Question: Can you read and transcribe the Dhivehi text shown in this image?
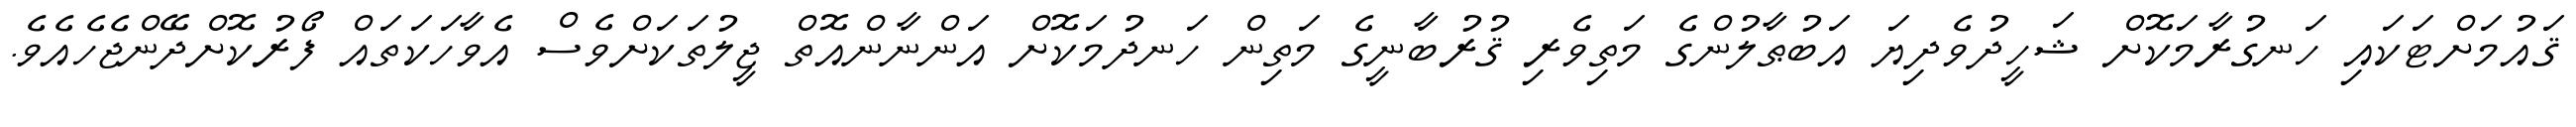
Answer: ޤައުމަށްޓަކައި ހަނގުރާމަކޮށް ޝަހީދުވެދިޔަ އަބުޠާލުންގެ މަތިވެރި ޤުރުބާނީގެ މަތިން ހަނދުމަކޮށް އަންނާންއޮތް ޖީލުތަކަށްވެސް އެވާހަކަތައް ފޯރުކޮށްދޭންޖެހެއެވެ.